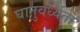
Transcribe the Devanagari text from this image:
घातुवर्ध्यता